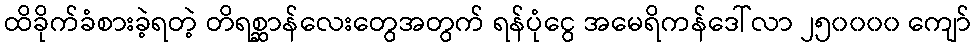
ထိခိုက်ခံစားခဲ့ရတဲ့ တိရစ္ဆာန်လေးတွေအတွက် ရန်ပုံငွေ အမေရိကန်ဒေါ်လာ ၂၅၀၀၀၀ ကျော်